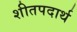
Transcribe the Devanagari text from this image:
शीतपदार्थ